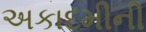
અકાદમીની